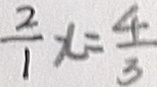
\frac { 2 } { 1 } x = \frac { 4 } { 3 }